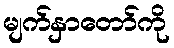
မျက်နှာတော်ကို